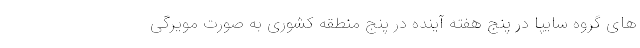
های گروه سایپا در پنج هفته آینده در پنج منطقه کشوری به صورت مویرگی